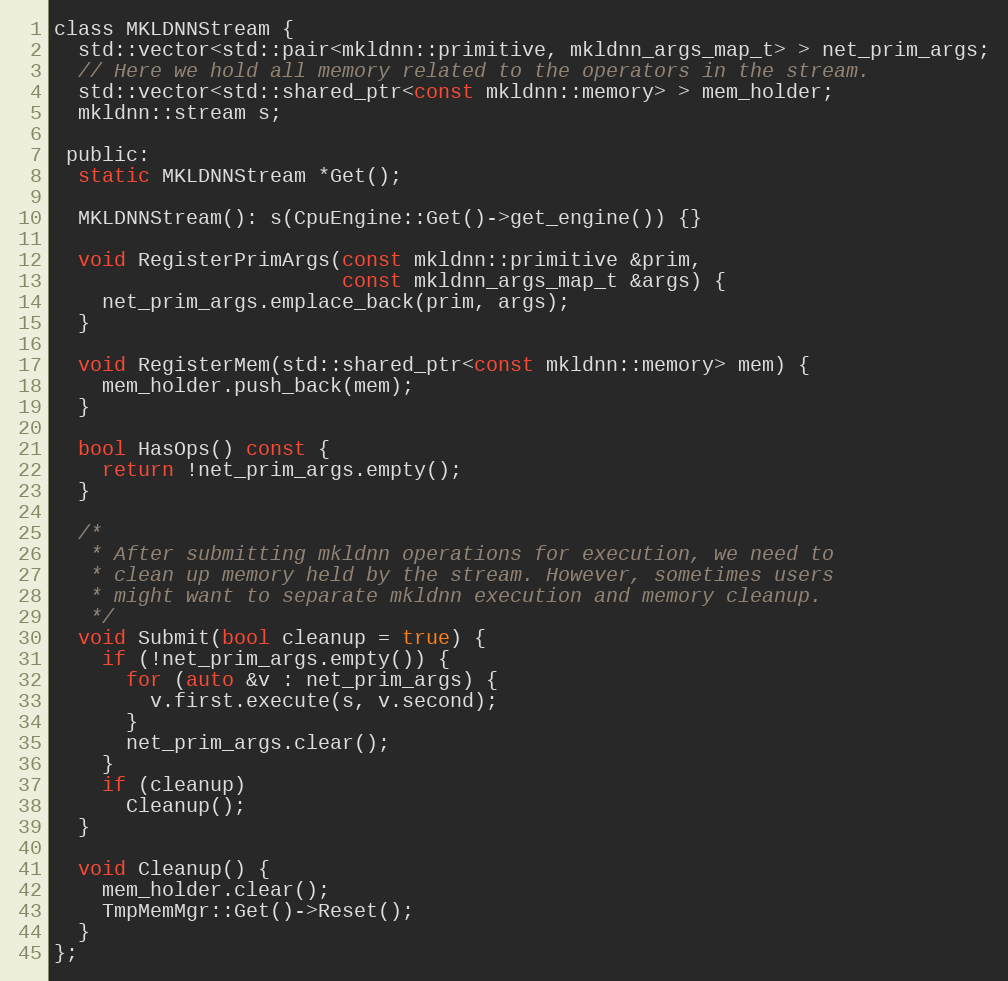
Language: C
class MKLDNNStream {
  std::vector<std::pair<mkldnn::primitive, mkldnn_args_map_t> > net_prim_args;
  // Here we hold all memory related to the operators in the stream.
  std::vector<std::shared_ptr<const mkldnn::memory> > mem_holder;
  mkldnn::stream s;

 public:
  static MKLDNNStream *Get();

  MKLDNNStream(): s(CpuEngine::Get()->get_engine()) {}

  void RegisterPrimArgs(const mkldnn::primitive &prim,
                        const mkldnn_args_map_t &args) {
    net_prim_args.emplace_back(prim, args);
  }

  void RegisterMem(std::shared_ptr<const mkldnn::memory> mem) {
    mem_holder.push_back(mem);
  }

  bool HasOps() const {
    return !net_prim_args.empty();
  }

  /*
   * After submitting mkldnn operations for execution, we need to
   * clean up memory held by the stream. However, sometimes users
   * might want to separate mkldnn execution and memory cleanup.
   */
  void Submit(bool cleanup = true) {
    if (!net_prim_args.empty()) {
      for (auto &v : net_prim_args) {
        v.first.execute(s, v.second);
      }
      net_prim_args.clear();
    }
    if (cleanup)
      Cleanup();
  }

  void Cleanup() {
    mem_holder.clear();
    TmpMemMgr::Get()->Reset();
  }
};